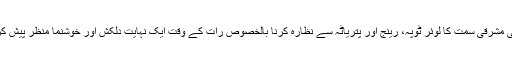
مری کی مشرقی سمت کا لوئر ٹوپہ، رینج اور پتریاٹہ سے نظارہ کرنا بالخصوص رات کے وقت ایک نہایت دلکش اور خوشنما منظر پیش کرتا ہے۔